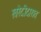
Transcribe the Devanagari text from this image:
खरेदीदारात